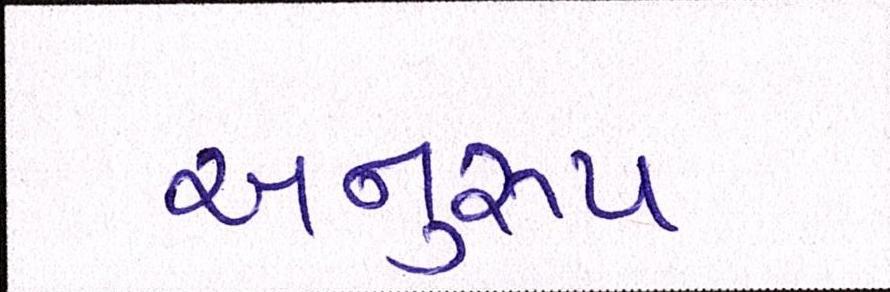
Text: અનુરૃપ